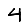
Digit: 4